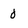
Character: 0